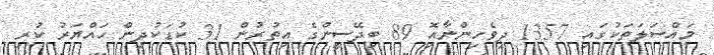
މައްސަލަތަކުގައި 1357 ދިވެހިންނާއިޮ 89 ބިދޭސީންގެ އިތުރުން 31 ކުޑަކުދިން ހައްޔަރު ކުރި